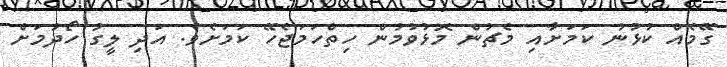
ގޭމެއް ކުޅުނު ކަމަށާއި މެޗުން މޮޅުވުމުން ހިތްހަމަޖެހޭ ކަމަށެވެ. އަދި ލީގު ހޯދުމަށް